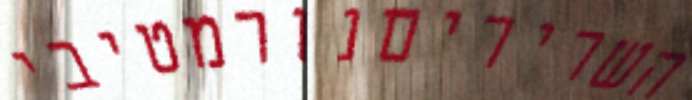
השריריםנורמטיבי